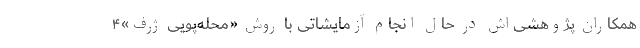
همکاران پژوهشی‌اش در حال انجام آزمایشاتی با روش «محله‌پویی ژرف»۴